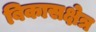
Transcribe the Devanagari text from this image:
बिकासक्षेत्र